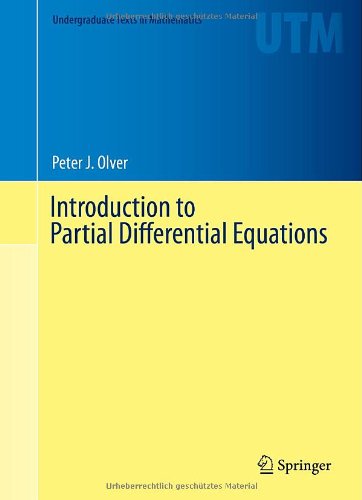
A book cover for Introduction to Partial Differential Equations (Undergraduate Texts in Mathematics); Peter Olver; Science & Math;